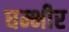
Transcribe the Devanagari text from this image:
घम्भीर